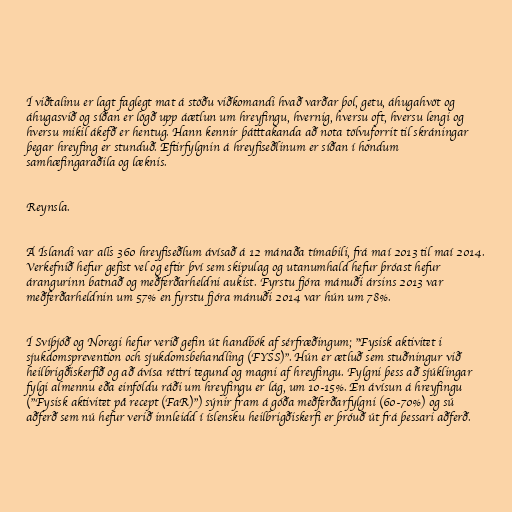
Í viðtalinu er lagt faglegt mat á stöðu viðkomandi hvað varðar þol, getu, áhugahvöt og
áhugasvið og síðan er lögð upp áætlun um hreyfingu, hvernig, hversu oft, hversu lengi og
hversu mikil ákefð er hentug. Hann kennir þátttakanda að nota tölvuforrit til skráningar
þegar hreyfing er stunduð. Eftirfylgnin á hreyfiseðlinum er síðan í höndum
samhæfingaraðila og læknis.

Reynsla.

Á Íslandi var alls 360 hreyfiseðlum ávísað á 12 mánaða tímabili, frá maí 2013 til maí 2014.
Verkefnið hefur gefist vel og eftir því sem skipulag og utanumhald hefur þróast hefur
árangurinn batnað og meðferðarheldni aukist. Fyrstu fjóra mánuði ársins 2013 var
meðferðarheldnin um 57% en fyrstu fjóra mánuði 2014 var hún um 78%.

Í Svíþjóð og Noregi hefur verið gefin út handbók af sérfræðingum; "Fysisk aktivitet i
sjukdomsprevention och sjukdomsbehandling (FYSS)". Hún er ætluð sem stuðningur við
heilbrigðiskerfið og að ávísa réttri tegund og magni af hreyfingu. Fylgni þess að sjúklingar
fylgi almennu eða einföldu ráði um hreyfingu er lág, um 10-15%. En ávísun á hreyfingu
("Fysisk aktivitet på recept (FaR)") sýnir fram á góða meðferðarfylgni (60-70%) og sú
aðferð sem nú hefur verið innleidd í íslensku heilbrigðiskerfi er þróuð út frá þessari aðferð.